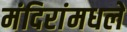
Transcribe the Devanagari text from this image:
मंदिरांमधले